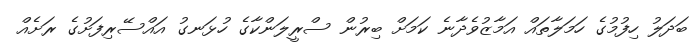
ބަދަލު ހިފުމުގެ ހަމަލާތައް އަމާޒުވެދާނެ ކަމަށް ބިރުން ސްރީލަންކާގެ ހުޅަނގު އައްސޭރިފަށުގެ ރަށެއް